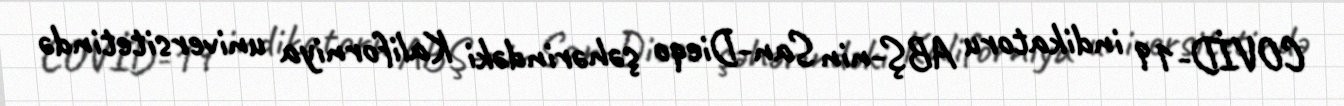
COVİD-19 indikatoru ABŞ-nin San-Dieqo şəhərindəki Kaliforniya universitetində